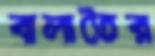
বালাতৈর